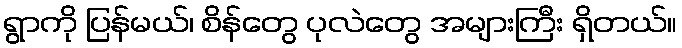
ရွာကို ပြန်မယ်၊ စိန်တွေ ပုလဲတွေ အများကြီး ရှိတယ်။